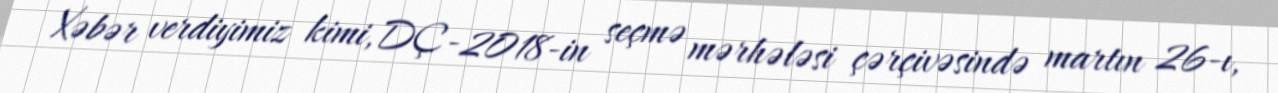
Xəbər verdiyimiz kimi, DÇ-2018-in seçmə mərhələsi çərçivəsində martın 26-ı,